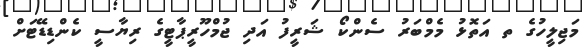
މަޖިލީހުގެ ތ އަތޮޅު މެމްބަރު ސެންކޯ ޝަރީފު އަދި ޖުމްހޫރީޕާޓީގެ ރިޔާސީ ކެންޑިޑޭޓަށް